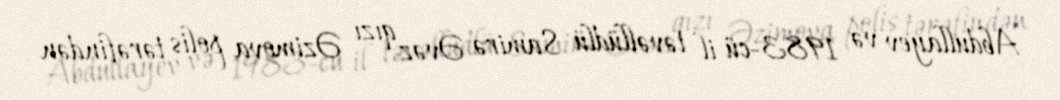
Abdullayev və 1983-cü il təvəllüdlü Samirə Əvəz qızı Əzimova polis tərəfindən